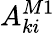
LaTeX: A_{ki}^{M1}